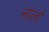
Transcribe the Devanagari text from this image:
नार्ला